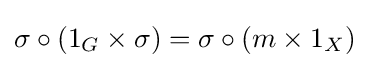
\sigma \circ (1_{G}\times \sigma )=\sigma \circ (m\times 1_{X})